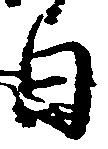
日